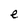
Character: e